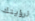
لرؤيتك